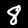
Digit: 8